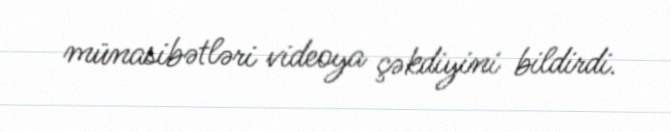
münasibətləri videoya çəkdiyini bildirdi.